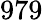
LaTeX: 979